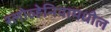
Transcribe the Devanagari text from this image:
स्लोव्हेनियामधील